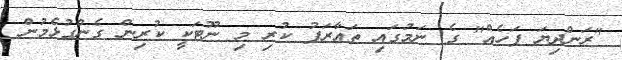
"ރަންދިޔަ ފަހެއް" ގެ ނަމުގައި ތައާރަފު ކުރި މި ނޫޓަކީ ކުރިން ގެންގުޅެމުން